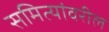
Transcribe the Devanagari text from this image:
समित्यांवरील